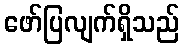
ဖော်ပြလျက်ရှိသည်